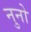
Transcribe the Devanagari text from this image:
नुनो